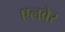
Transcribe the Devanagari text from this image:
एलबेर